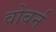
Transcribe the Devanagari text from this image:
वोबर्न